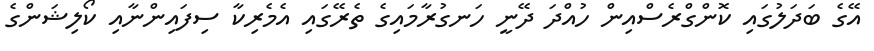
އޭގެ ބަދަލުގައި ކޮންގްރެސްއިން ހުއްދަ ދޭނީ ހަނގުރާމައިގެ ތެރޭގައި އެމެރިކާ ސިފައިންނާއި ކޯލިޝަންގެ